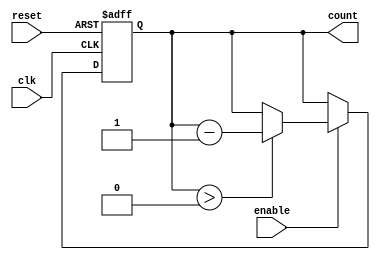
module down_counter (
    input wire clk,        // Clock signal
    input wire enable,     // Enable signal
    input wire reset,      // Asynchronous reset signal
    output reg [N-1:0] count // Current count value (N-bit wide)
);
    parameter N = 4; // Specify the width of the counter (number of bits)

    // Asynchronous reset and counting logic
    always @(posedge clk or posedge reset) begin
        if (reset) begin
            count <= N; // Reset the counter to maximum value N
        end else if (enable) begin
            if (count > 0) begin
                count <= count - 1; // Decrement the counter
            end
        end
    end

    // Initialize the counter to N on reset
    initial begin
        count = N; // Initialize count to N
    end
endmodule